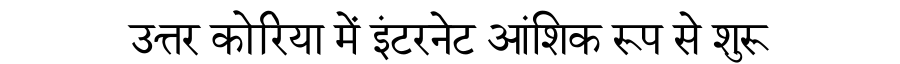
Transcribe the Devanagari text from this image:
उत्तर कोरिया में इंटरनेट आंशिक रूप से शुरू